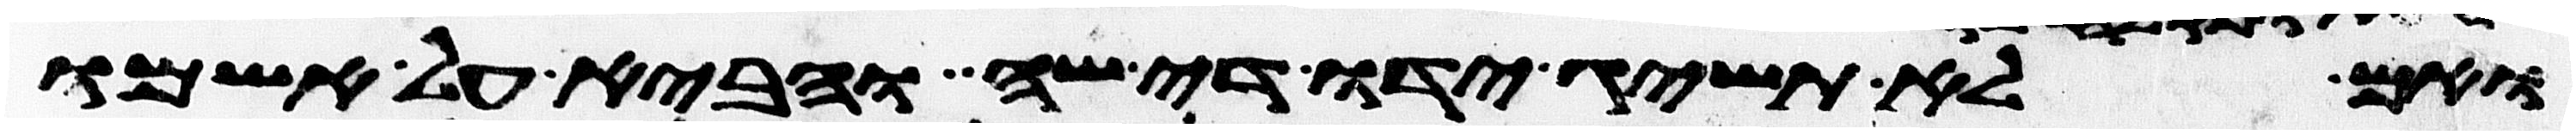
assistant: ואם לא תשיג ידו די שה והביא על אשמו